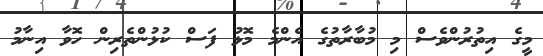
މީގެ އިތުރުންވެސް މި މުބާރާތުގެ އެންމެ މޮޅު ފަސް ކުޅުންތެރިން ހޮވާ އިނާމު